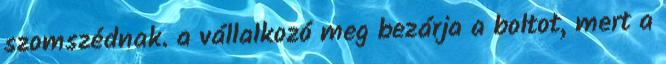
szomszédnak. a vállalkozó meg bezárja a boltot, mert a